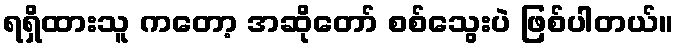
ရရှိထားသူ ကတော့ အဆိုတော် စစ်သွေးပဲ ဖြစ်ပါတယ်။